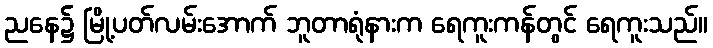
ညနေ၌ မြို့ပတ်လမ်းအောက် ဘူတာရုံနားက ရေကူးကန်တွင် ရေကူးသည်။